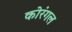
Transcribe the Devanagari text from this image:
कोरंगल